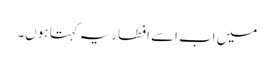
میں اب اسے افطاریہ کہتا ہوں۔